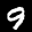
Label: 9